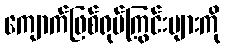
ကျောက်ဖြစ်ရုပ်ကြွင်းများကို